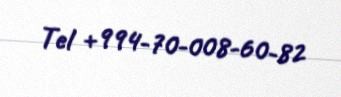
Tel +994-70-008-60-82